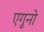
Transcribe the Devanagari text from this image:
एगुनो